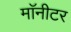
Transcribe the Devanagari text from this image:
माॅनीटर